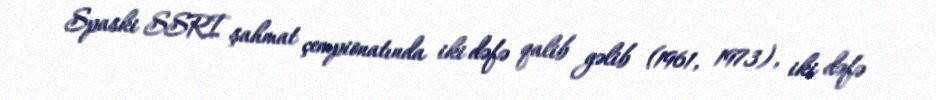
Spaski SSRI şahmat çempionatında iki dəfə qalib gəlib (1961, 1973), iki dəfə